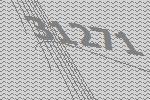
31271